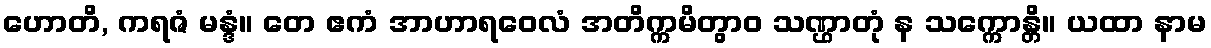
ဟောတိ, ကရဇံ မန္ဒံ။ တေ ဧကံ အာဟာရဝေလံ အတိက္ကမိတွာဝ သဏ္ဌာတုံ န သက္ကောန္တိ။ ယထာ နာမ